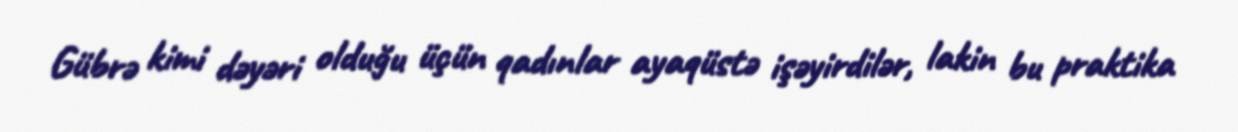
Gübrə kimi dəyəri olduğu üçün qadınlar ayaqüstə işəyirdilər, lakin bu praktika